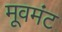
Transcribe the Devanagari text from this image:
मूवमंट